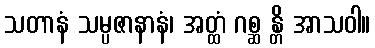
သတာနံ သမ္ပဇာနာနံ၊ အတ္ထံ ဂစ္ဆ န္တိ အာသဝါ။